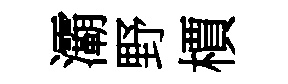
灞野檟